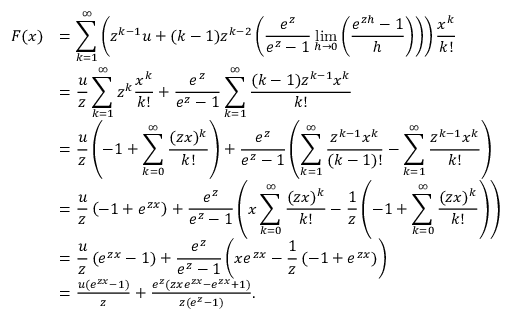
\begin{array} { r l } { F ( x ) } & { = \displaystyle \sum _ { k = 1 } ^ { \infty } \left( z ^ { k - 1 } u + ( k - 1 ) z ^ { k - 2 } \left( \frac { e ^ { z } } { e ^ { z } - 1 } \operatorname* { l i m } _ { h \to 0 } \left( \frac { e ^ { z h } - 1 } { h } \right) \right) \right) \frac { x ^ { k } } { k ! } } \\ & { = \displaystyle \frac { u } { z } \sum _ { k = 1 } ^ { \infty } z ^ { k } \frac { x ^ { k } } { k ! } + \frac { e ^ { z } } { e ^ { z } - 1 } \sum _ { k = 1 } ^ { \infty } \frac { ( k - 1 ) z ^ { k - 1 } x ^ { k } } { k ! } } \\ & { = \displaystyle \frac { u } { z } \left( - 1 + \sum _ { k = 0 } ^ { \infty } \frac { ( z x ) ^ { k } } { k ! } \right) + \frac { e ^ { z } } { e ^ { z } - 1 } \left( \sum _ { k = 1 } ^ { \infty } \frac { z ^ { k - 1 } x ^ { k } } { ( k - 1 ) ! } - \sum _ { k = 1 } ^ { \infty } \frac { z ^ { k - 1 } x ^ { k } } { k ! } \right) } \\ & { = \displaystyle \frac { u } { z } \left( - 1 + e ^ { z x } \right) + \frac { e ^ { z } } { e ^ { z } - 1 } \left( x \sum _ { k = 0 } ^ { \infty } \frac { ( z x ) ^ { k } } { k ! } - \frac { 1 } { z } \left( - 1 + \sum _ { k = 0 } ^ { \infty } \frac { ( z x ) ^ { k } } { k ! } \right) \right) } \\ & { = \displaystyle \frac { u } { z } \left( e ^ { z x } - 1 \right) + \frac { e ^ { z } } { e ^ { z } - 1 } \left( x e ^ { z x } - \frac { 1 } { z } \left( - 1 + e ^ { z x } \right) \right) } \\ & { = \frac { u ( e ^ { z x } - 1 ) } { z } + \frac { e ^ { z } ( z x e ^ { z x } - e ^ { z x } + 1 ) } { z ( e ^ { z } - 1 ) } . } \end{array}